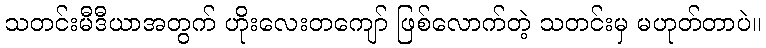
သတင်းမီဒီယာအတွက် ဟိုးလေးတကျော် ဖြစ်လောက်တဲ့ သတင်းမှ မဟုတ်တာပဲ။